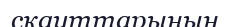
скауттарының